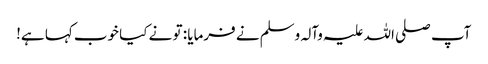
آپ صلی اللہ علیہ وآلہ وسلم نے فرمایا : تو نے کیا خوب کہا ہے!